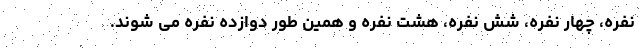
نفره، چهار نفره، شش نفره، هشت نفره و همین طور دوازده نفره می شوند.